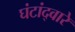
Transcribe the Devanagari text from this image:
घंटांद्वारे